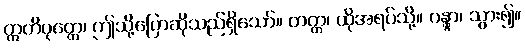
ဣတိဝုတ္တေ၊ ဤသို့ပြောဆိုသည်ရှိသော်။ တတ္ထ၊ ထိုအရပ်သို့။ ဂန္တွာ၊ သွား၍။